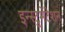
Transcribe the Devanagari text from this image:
इन्स्ट्रूमेंटेशन